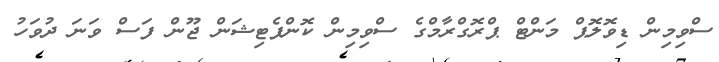
ސްވިމިން ޑިވޮލޮޕް މަންޓް ޕްރޮގްރާމްގެ ސްވިމިން ކޮންޕެޓިޝަން ޖޫން ފަސް ވަނަ ދުވަހު